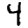
Digit: 4